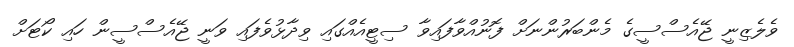
ވެލެޒިނީ ޖޭއެސްސީގެ މެންބަރުންނަށް ފޮނުއްވާފައިވާ ސިޓީއެއްގައި ވިދާޅުވެފައި ވަނީ ޖޭއެސްސީން ހައި ކޯޓަށް